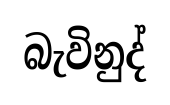
බැවිනුද්